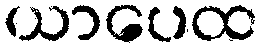
ယာပေထ